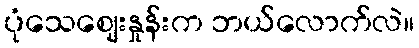
ပုံသေဈေးနှုန်းက ဘယ်လောက်လဲ။